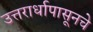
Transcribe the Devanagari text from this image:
उत्तरार्धापासूनचे